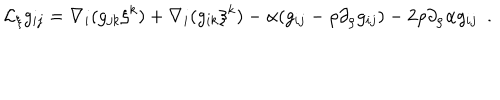
{ \cal L } _ { \xi } g _ { i j } = \nabla _ { i } ( g _ { j k } \xi ^ { k } ) + \nabla _ { i } ( g _ { i k } \xi ^ { k } ) - \alpha ( g _ { i j } - \rho \partial _ { \rho } g _ { i j } ) - 2 \rho \partial _ { \rho } \alpha g _ { i j } ~ ~ .